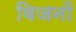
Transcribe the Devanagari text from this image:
विजनों